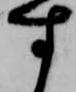
す